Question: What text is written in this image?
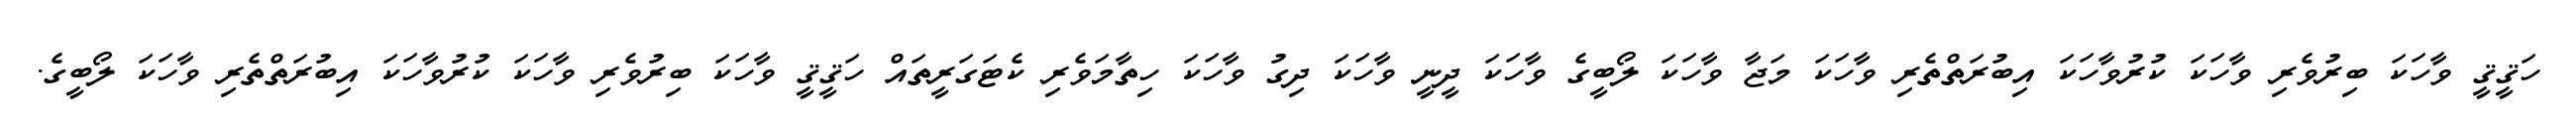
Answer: ހަޤީޤީ ވާހަކަ ބިރުވެރި ވާހަކަ ކުރުވާހަކަ އިބުރަތްތެރި ވާހަކަ މަޖާ ވާހަކަ ލޯބީގެ ވާހަކަ ދީނީ ވާހަކަ ދިގު ވާހަކަ ހިތާމަވެރި ކެޓަގަރީތައް ހަޤީޤީ ވާހަކަ ބިރުވެރި ވާހަކަ ކުރުވާހަކަ އިބުރަތްތެރި ވާހަކަ ލޯބީގެ.